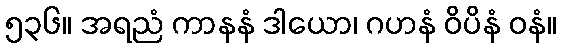
၅၃၆။ အရညံ ကာနနံ ဒါယော၊ ဂဟနံ ဝိပိနံ ဝနံ။